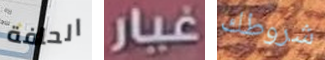
الحافة غيار شروطك